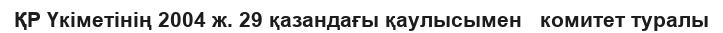
ҚР Үкіметінің 2004 ж. 29 қазандағы қаулысымен   комитет туралы